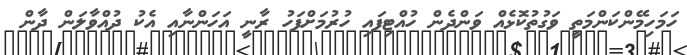
ހަމަހިމޭންކަންމަތީ ވަގުތުކޮޅެއް ވަންދެން ހުއްޓިފައި ހުރުމަށްފަހު ރާނީ އަހަންނާއި އެކު ދުއްވާލަން ދާން